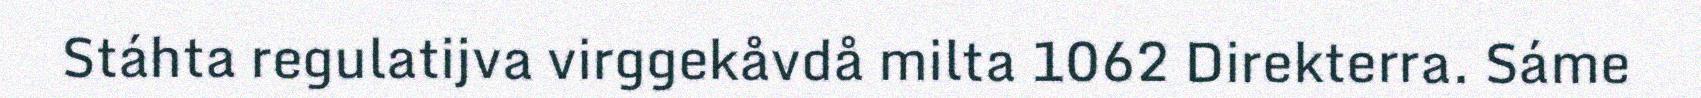
Stáhta regulatijva virggekåvdå milta 1062 Direkterra. Sáme